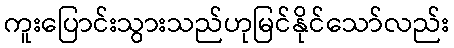
ကူးပြောင်းသွားသည်ဟုမြင်နိုင်သော်လည်း